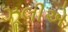
ઝૂલીએ